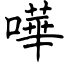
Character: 嘩